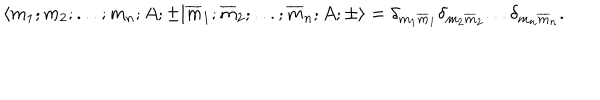
LaTeX: \langle m _ { 1 } ; m _ { 2 } ; . . . ; m _ { n } ; A ; \pm | \overline { { { m } } } _ { 1 } ; \overline { { { m } } } _ { 2 } ; . . . ; \overline { { { m } } } _ { n } ; A ; \pm \rangle = { \delta } _ { m _ { 1 } \overline { { { m } } } _ { 1 } } { \delta } _ { m _ { 2 } \overline { { { m } } } _ { 2 } } . . . { \delta } _ { m _ { n } \overline { { { m } } } _ { n } } .